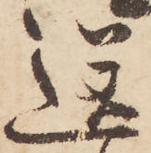
送